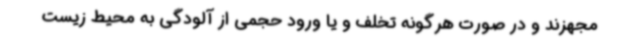
مجهزند و در صورت هرگونه تخلف و یا ورود حجمی از آلودگی به محیط زیست